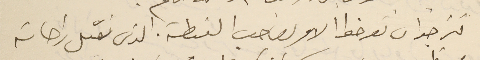
نرجو ا ن تعرضوا الامر لصاحب الغىطة الذى نقبل راحاته